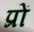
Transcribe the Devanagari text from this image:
प्रों